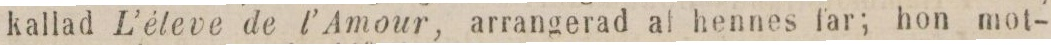
kallad L’éleve de l’Amour, arrangerad af hennes far; hon mot-